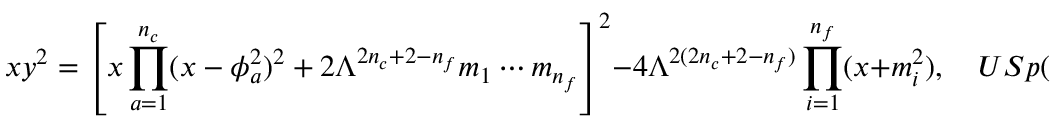
x y ^ { 2 } = \left[ x \prod _ { a = 1 } ^ { n _ { c } } ( x - \phi _ { a } ^ { 2 } ) ^ { 2 } + 2 \Lambda ^ { 2 n _ { c } + 2 - n _ { f } } m _ { 1 } \cdots m _ { n _ { f } } \right] ^ { 2 } - 4 \Lambda ^ { 2 ( 2 n _ { c } + 2 - n _ { f } ) } \prod _ { i = 1 } ^ { n _ { f } } ( x + m _ { i } ^ { 2 } ) , \quad U S p ( 2 n _ { c } ) .